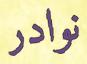
نوادر